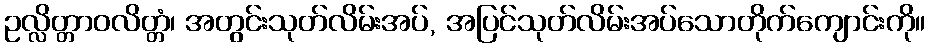
ဥလ္လိတ္တာဝလိတ္တံ၊ အတွင်းသုတ်လိမ်းအပ်, အပြင်သုတ်လိမ်းအပ်သောတိုက်ကျောင်းကို။